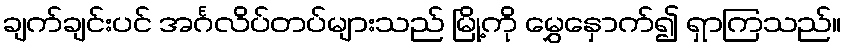
ချက်ချင်းပင် အင်္ဂလိပ်တပ်များသည် မြို့ကို မွှေနှောက်၍ ရှာကြသည်။